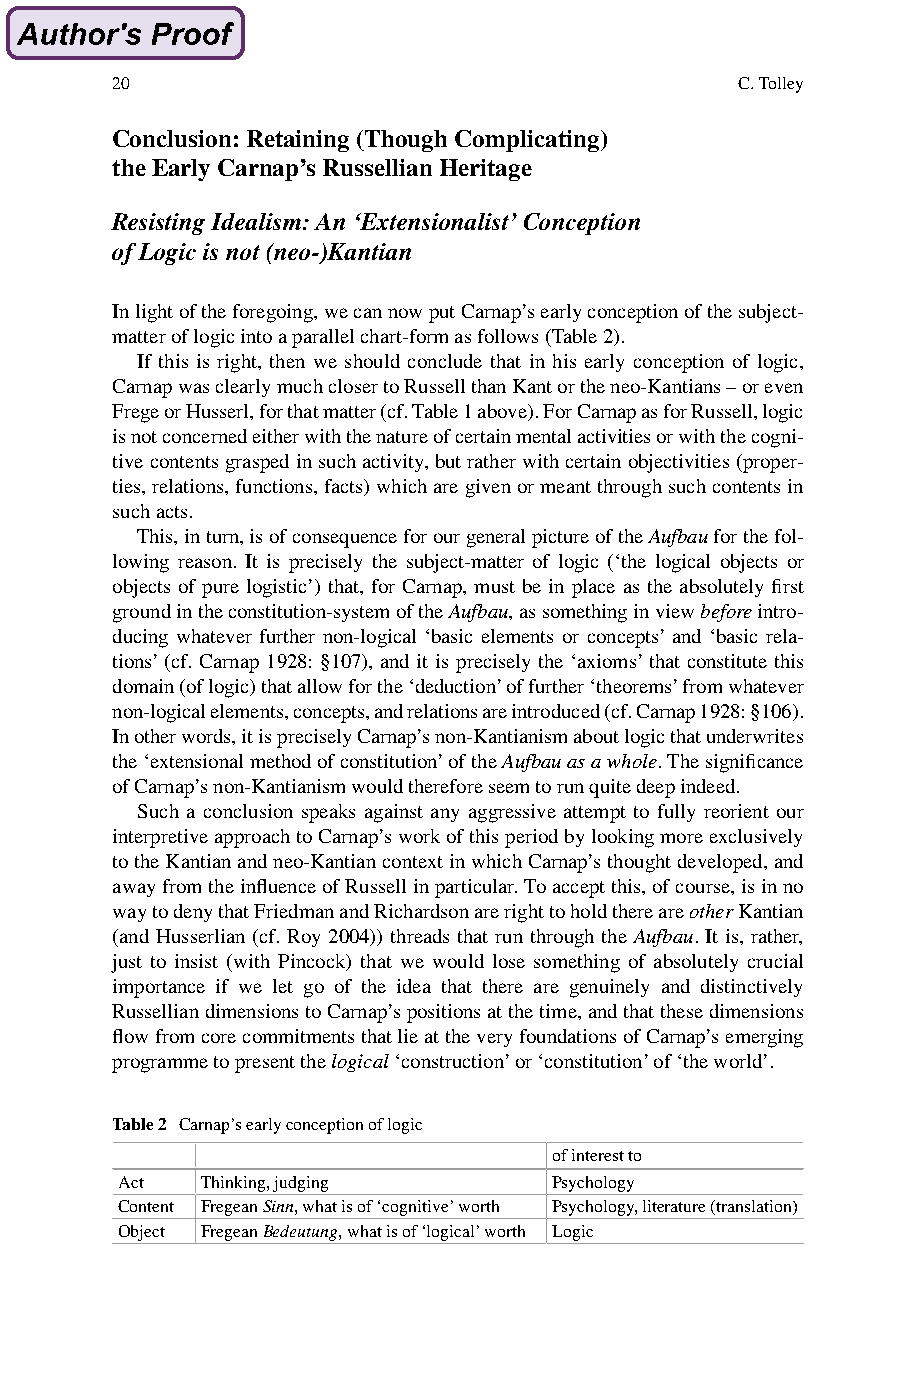
20                                        C. Tolley
 Conclusion: Retaining (Though Complicating)
 the Early Carnap’s Russellian Heritage
 Resisting Idealism: An ‘Extensionalist’ Conception
 of Logic is not (neo-)Kantian
 In light of the foregoing, we can now put Carnap’s early conception of the subject-
 matter of logic into a parallel chart-form as follows (Table 2).
 If this is right, then we should conclude that in his early conception of logic,
 Carnap was clearly much closer to Russell than Kant or the neo-Kantians – or even
 Frege or Husserl, for that matter (cf. Table 1 above). For Carnap as for Russell, logic
 is not concerned either with the nature of certain mental activities or with the cogni-
 tive contents grasped in such activity, but rather with certain objectivities (proper-
 ties, relations, functions, facts) which are given or meant through such contents in
 such acts.
 This, in turn, is of consequence for our general picture of the Aufbau for the fol-
 lowing reason. It is precisely the subject-matter of logic (‘the logical objects or
 objects of pure logistic’) that, for Carnap, must be in place as the absolutely first
 ground in the constitution-system of the Aufbau, as something in view before intro-
 ducing whatever further non-logical ‘basic elements or concepts’ and ‘basic rela-
 tions’ (cf. Carnap 1928: §107), and it is precisely the ‘axioms’ that constitute this
 domain (of logic) that allow for the ‘deduction’ of further ‘theorems’ from whatever
 non-logical elements, concepts, and relations are introduced (cf. Carnap 1928: §106).
 In other words, it is precisely Carnap’s non-Kantianism about logic that underwrites
 the ‘extensional method of constitution’ of the Aufbau as a whole. The significance
 of Carnap’s non-Kantianism would therefore seem to run quite deep indeed.
 Such a conclusion speaks against any aggressive attempt to fully reorient our
 interpretive approach to Carnap’s work of this period by looking more exclusively
 to the Kantian and neo-Kantian context in which Carnap’s thought developed, and
 away from the influence of Russell in particular. To accept this, of course, is in no
 way to deny that Friedman and Richardson are right to hold there are other Kantian
 (and Husserlian (cf. Roy 2004)) threads that run through the Aufbau. It is, rather,
 just to insist (with Pincock) that we would lose something of absolutely crucial
 importance if we let go of the idea that there are genuinely and distinctively
 Russellian dimensions to Carnap’s positions at the time, and that these dimensions
 flow from core commitments that lie at the very foundations of Carnap’s emerging
 programme to present the logical ‘construction’ or ‘constitution’ of ‘the world’.
 Table 2 Carnap’s early conception of logic
 of interest to
 Act  Thinking, judging       Psychology
 Content Fregean Sinn, what is of ‘cognitive’ worth Psychology, literature (translation)
 Object Fregean Bedeutung, what is of ‘logical’ worth Logic